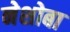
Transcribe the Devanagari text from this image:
नेशोबा